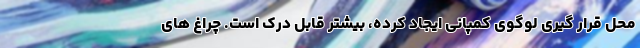
محل قرار گیری لوگوی کمپانی ایجاد کرده، بیشتر قابل درک است. چراغ های